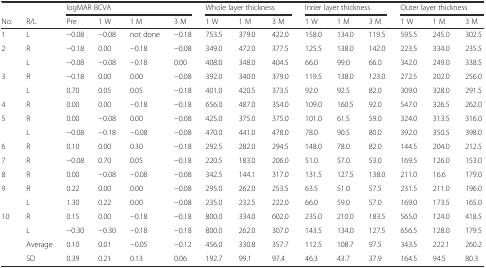
<table><thead><tr><td></td><td></td><td colspan="4"><b>logMAR BCVA</b></td><td colspan="3"><b>Whole layer thickness</b></td><td colspan="3"><b>Inner layer thickness</b></td><td colspan="3"><b>Outer layer thickness</b></td></tr><tr><td><b>No.</b></td><td><b>R/L</b></td><td><b>Pre</b></td><td><b>1 W</b></td><td><b>1 M</b></td><td><b>3 M</b></td><td><b>1 W</b></td><td><b>1 M</b></td><td><b>3 M</b></td><td><b>1 W</b></td><td><b>1 M</b></td><td><b>3 M</b></td><td><b>1 W</b></td><td><b>1 M</b></td><td><b>3 M</b></td></tr></thead><tbody><tr><td>1</td><td>L</td><td>−0.08</td><td>−0.08</td><td>not done</td><td>−0.18</td><td>753.5</td><td>379.0</td><td>422.0</td><td>158.0</td><td>134.0</td><td>119.5</td><td>595.5</td><td>245.0</td><td>302.5</td></tr><tr><td rowspan="2">2</td><td>R</td><td>−0.18</td><td>0.00</td><td>−0.18</td><td>−0.08</td><td>349.0</td><td>472.0</td><td>377.5</td><td>125.5</td><td>138.0</td><td>142.0</td><td>223.5</td><td>334.0</td><td>235.5</td></tr><tr><td>L</td><td>−0.08</td><td>−0.08</td><td>−0.18</td><td>0.00</td><td>408.0</td><td>348.0</td><td>404.5</td><td>66.0</td><td>99.0</td><td>66.0</td><td>342.0</td><td>249.0</td><td>338.5</td></tr><tr><td rowspan="2">3</td><td>R</td><td>−0.18</td><td>0.00</td><td>0.00</td><td>−0.08</td><td>392.0</td><td>340.0</td><td>379.0</td><td>119.5</td><td>138.0</td><td>123.0</td><td>272.5</td><td>202.0</td><td>256.0</td></tr><tr><td>L</td><td>0.70</td><td>0.05</td><td>0.05</td><td>−0.18</td><td>401.0</td><td>420.5</td><td>373.5</td><td>92.0</td><td>92.5</td><td>82.0</td><td>309.0</td><td>328.0</td><td>291.5</td></tr><tr><td>4</td><td>R</td><td>0.00</td><td>0.00</td><td>−0.18</td><td>−0.18</td><td>656.0</td><td>487.0</td><td>354.0</td><td>109.0</td><td>160.5</td><td>92.0</td><td>547.0</td><td>326.5</td><td>262.0</td></tr><tr><td rowspan="2">5</td><td>R</td><td>0.00</td><td>−0.08</td><td>0.00</td><td>−0.08</td><td>425.0</td><td>375.0</td><td>375.0</td><td>101.0</td><td>61.5</td><td>59.0</td><td>324.0</td><td>313.5</td><td>316.0</td></tr><tr><td>L</td><td>−0.08</td><td>−0.18</td><td>−0.08</td><td>−0.08</td><td>470.0</td><td>441.0</td><td>478.0</td><td>78.0</td><td>90.5</td><td>80.0</td><td>392.0</td><td>350.5</td><td>398.0</td></tr><tr><td>6</td><td>R</td><td>0.10</td><td>0.00</td><td>0.30</td><td>−0.18</td><td>292.5</td><td>282.0</td><td>294.5</td><td>148.0</td><td>78.0</td><td>82.0</td><td>144.5</td><td>204.0</td><td>212.5</td></tr><tr><td>7</td><td>R</td><td>−0.08</td><td>0.70</td><td>0.05</td><td>−0.18</td><td>220.5</td><td>183.0</td><td>206.0</td><td>51.0</td><td>57.0</td><td>53.0</td><td>169.5</td><td>126.0</td><td>153.0</td></tr><tr><td>8</td><td>R</td><td>0.00</td><td>−0.08</td><td>−0.08</td><td>−0.08</td><td>342.5</td><td>144.1</td><td>317.0</td><td>131.5</td><td>127.5</td><td>138.0</td><td>211.0</td><td>16.6</td><td>179.0</td></tr><tr><td rowspan="2">9</td><td>R</td><td>0.22</td><td>0.00</td><td>0.00</td><td>−0.08</td><td>295.0</td><td>262.0</td><td>253.5</td><td>63.5</td><td>51.0</td><td>57.5</td><td>231.5</td><td>211.0</td><td>196.0</td></tr><tr><td>L</td><td>1.30</td><td>0.22</td><td>0.00</td><td>−0.08</td><td>235.0</td><td>232.5</td><td>222.0</td><td>66.0</td><td>59.0</td><td>57.0</td><td>169.0</td><td>173.5</td><td>165.0</td></tr><tr><td rowspan="2">10</td><td>R</td><td>0.15</td><td>0.00</td><td>−0.18</td><td>−0.18</td><td>800.0</td><td>334.0</td><td>602.0</td><td>235.0</td><td>210.0</td><td>183.5</td><td>565.0</td><td>124.0</td><td>418.5</td></tr><tr><td>L</td><td>−0.30</td><td>−0.30</td><td>−0.18</td><td>−0.18</td><td>800.0</td><td>262.0</td><td>307.0</td><td>143.5</td><td>134.0</td><td>127.5</td><td>656.5</td><td>128.0</td><td>179.5</td></tr><tr><td></td><td>Average</td><td>0.10</td><td>0.01</td><td>−0.05</td><td>−0.12</td><td>456.0</td><td>330.8</td><td>357.7</td><td>112.5</td><td>108.7</td><td>97.5</td><td>343.5</td><td>222.1</td><td>260.2</td></tr><tr><td></td><td>SD</td><td>0.39</td><td>0.21</td><td>0.13</td><td>0.06</td><td>192.7</td><td>99.1</td><td>97.4</td><td>46.3</td><td>43.7</td><td>37.9</td><td>164.5</td><td>94.5</td><td>80.3</td></tr></tbody></table>